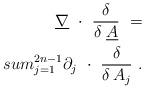
LaTeX: \begin{align*}\underline{\nabla}~\cdot~\frac{\delta}{\delta\;\underline{A}} \ = \\sum_{j=1}^{2n-1} \partial_j~\cdot~\frac{\delta}{\delta\, A_j} \ .\end{align*}